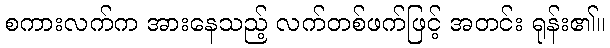
စကားလက်က အားနေသည့် လက်တစ်ဖက်ဖြင့် အတင်း ရုန်း၏။